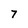
Character: 7